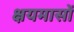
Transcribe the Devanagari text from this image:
क्षयमासों